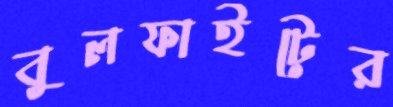
বুলফাইটের